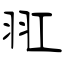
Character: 羾